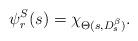
LaTeX: \begin{align*}\psi_r^S(s) = \chi_{\Theta(s, D_s^\beta)}.\end{align*}